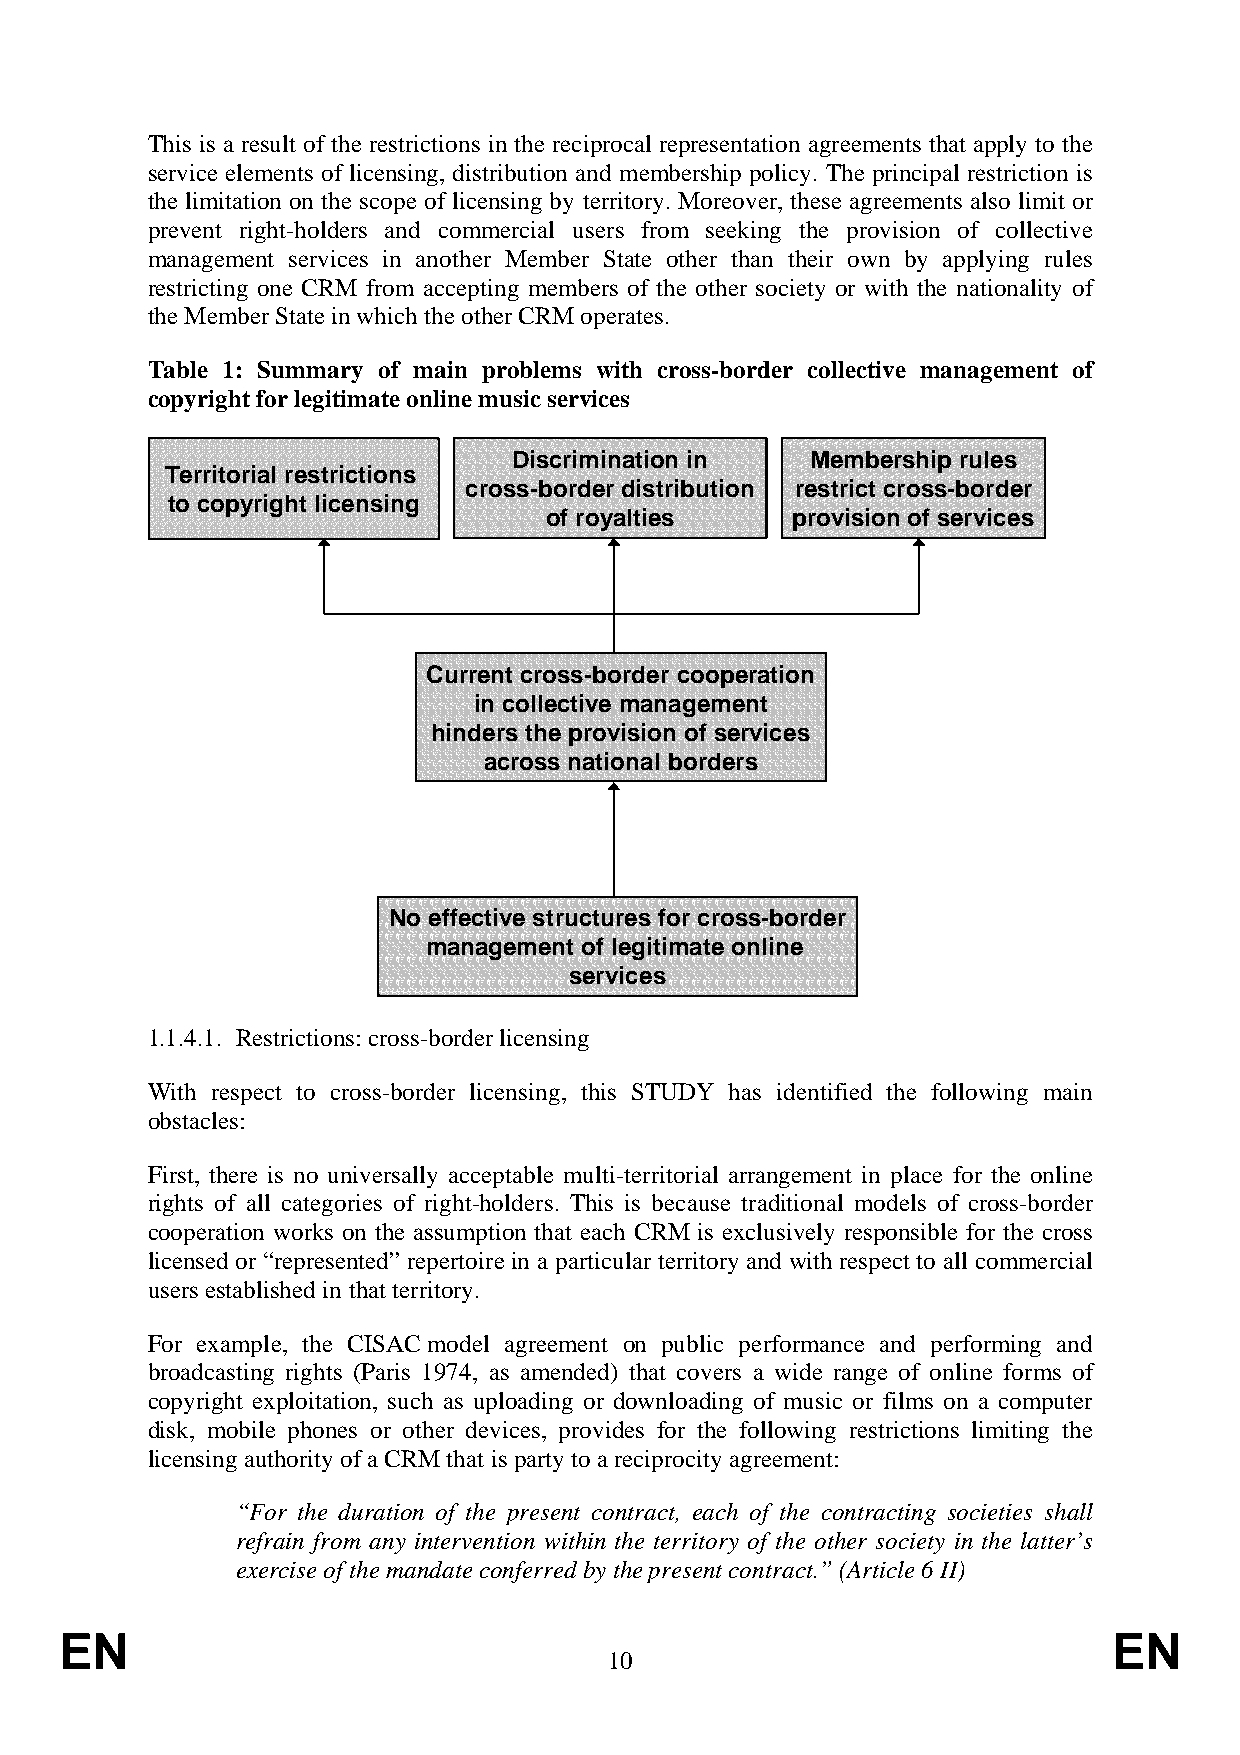
This is a result of the restrictions in the reciprocal representation agreements that apply to the
 service elements of licensing, distribution and membership policy. The principal restriction is
 the limitation on the scope of licensing by territory. Moreover, these agreements also limit or
 prevent right-holders and commercial users from seeking the provision of collective
 management services in another Member State other than their own by applying rules
 restricting one CRM from accepting members of the other society or with the nationality of
 the Member State in which the other CRM operates.
 Table 1: Summary of main problems with cross-border collective management of
 copyright for legitimate online music services
 DDiissccrriimmiinnaattiioonn iinn MMeemmbbeerrsshhiipp rruulleess
 TTeerrrriittoorriiaall rreessttrriiccttiioonnss
 ccrroossss--bboorrddeerr ddiissttrriibbuuttiioonn rreessttrriicctt ccrroossss--bboorrddeerr
 ttoo ccooppyyrriigghhtt lliicceennssiinngg
 ooff rrooyyaallttiieess pprroovviissiioonn ooff sseerrvviicceess
 CCuurrrreenntt ccrroossss--bboorrddeerr ccooooppeerraattiioonn
 iinn ccoolllleeccttiivvee mmaannaaggeemmeenntt
 hhiinnddeerrss tthhee pprroovviissiioonn ooff sseerrvviicceess
 aaccrroossss nnaattiioonnaall bboorrddeerrss
 NNoo eeffffeeccttiivvee ssttrruuccttuurreess ffoorr ccrroossss--bboorrddeerr
 mmaannaaggeemmeenntt ooff lleeggiittiimmaattee oonnlliinnee
 sseerrvviicceess
 1.1.4.1. Restrictions: cross-border licensing
 With respect to cross-border licensing, this STUDY has identified the following main
 obstacles:
 First, there is no universally acceptable multi-territorial arrangement in place for the online
 rights of all categories of right-holders. This is because traditional models of cross-border
 cooperation works on the assumption that each CRM is exclusively responsible for the cross
 licensed or “represented” repertoire in a particular territory and with respect to all commercial
 users established in that territory.
 For example, the CISAC model agreement on public performance and performing and
 broadcasting rights (Paris 1974, as amended) that covers a wide range of online forms of
 copyright exploitation, such as uploading or downloading of music or films on a computer
 disk, mobile phones or other devices, provides for the following restrictions limiting the
 licensing authority of a CRM that is party to a reciprocity agreement:
 “For the duration of the present contract, each of the contracting societies shall
 refrain from any intervention within the territory of the other society in the latter’s
 exercise of the mandate conferred by the present contract.” (Article 6 II)
 EN                                                                    EN
 10